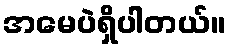
အမေပဲရှိပါတယ်။